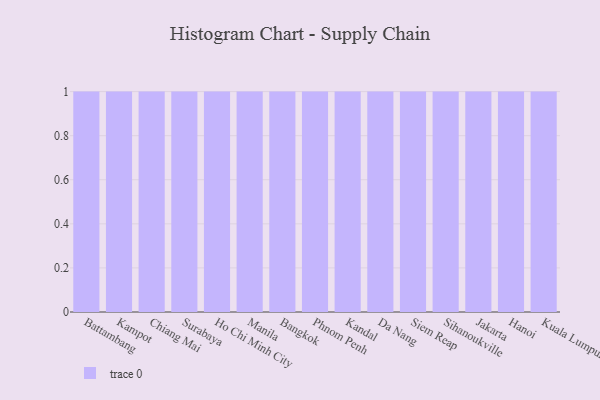
{"axis": {"x": "City", "y": "Active Users"}, "legend": [""], "data": [{"x": "Battambang", "y": 55, "type": ""}, {"x": "Kampot", "y": 26, "type": ""}, {"x": "Chiang Mai", "y": 62, "type": ""}, {"x": "Surabaya", "y": 30, "type": ""}, {"x": "Ho Chi Minh City", "y": 77, "type": ""}, {"x": "Manila", "y": 43, "type": ""}, {"x": "Bangkok", "y": 65, "type": ""}, {"x": "Phnom Penh", "y": 77, "type": ""}, {"x": "Kandal", "y": 21, "type": ""}, {"x": "Da Nang", "y": 59, "type": ""}, {"x": "Siem Reap", "y": 50, "type": ""}, {"x": "Sihanoukville", "y": 16, "type": ""}, {"x": "Jakarta", "y": 79, "type": ""}, {"x": "Hanoi", "y": 99, "type": ""}, {"x": "Kuala Lumpur", "y": 81, "type": ""}]}